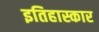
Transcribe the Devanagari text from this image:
इतिहास्कार